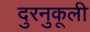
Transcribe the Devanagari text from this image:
दुरनुकूली